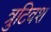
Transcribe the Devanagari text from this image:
त्रुटिवश